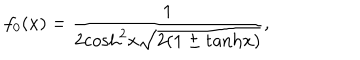
f _ { 0 } ( x ) = \frac { 1 } { 2 \mathrm { c o s h } ^ { 2 } x \sqrt { 2 ( 1 \pm \mathrm { t a n h } x ) } } ,